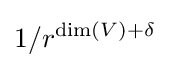
1/r^{\dim(V)+\delta }